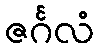
ဇင်္ဂလံ